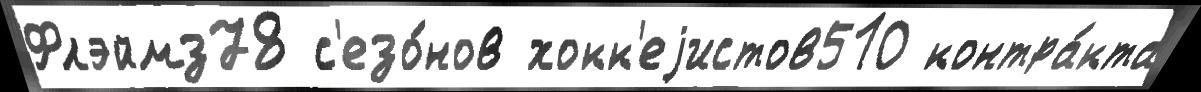
Флэймз78 с'езо́нов хокк'еjистов510 контра́кта